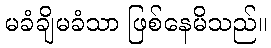
မခံချိမခံသာ ဖြစ်နေမိသည်။